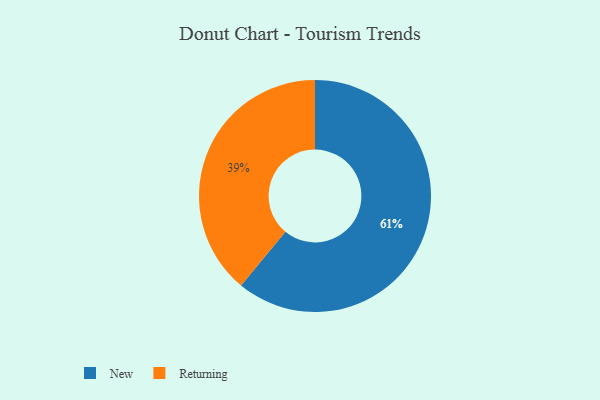
{"axis": {"x": "Category", "y": "Percentage"}, "legend": ["New", "Returning"], "data": [{"x": "Returning", "y": 39, "type": "Returning"}, {"x": "New", "y": 61, "type": "New"}]}